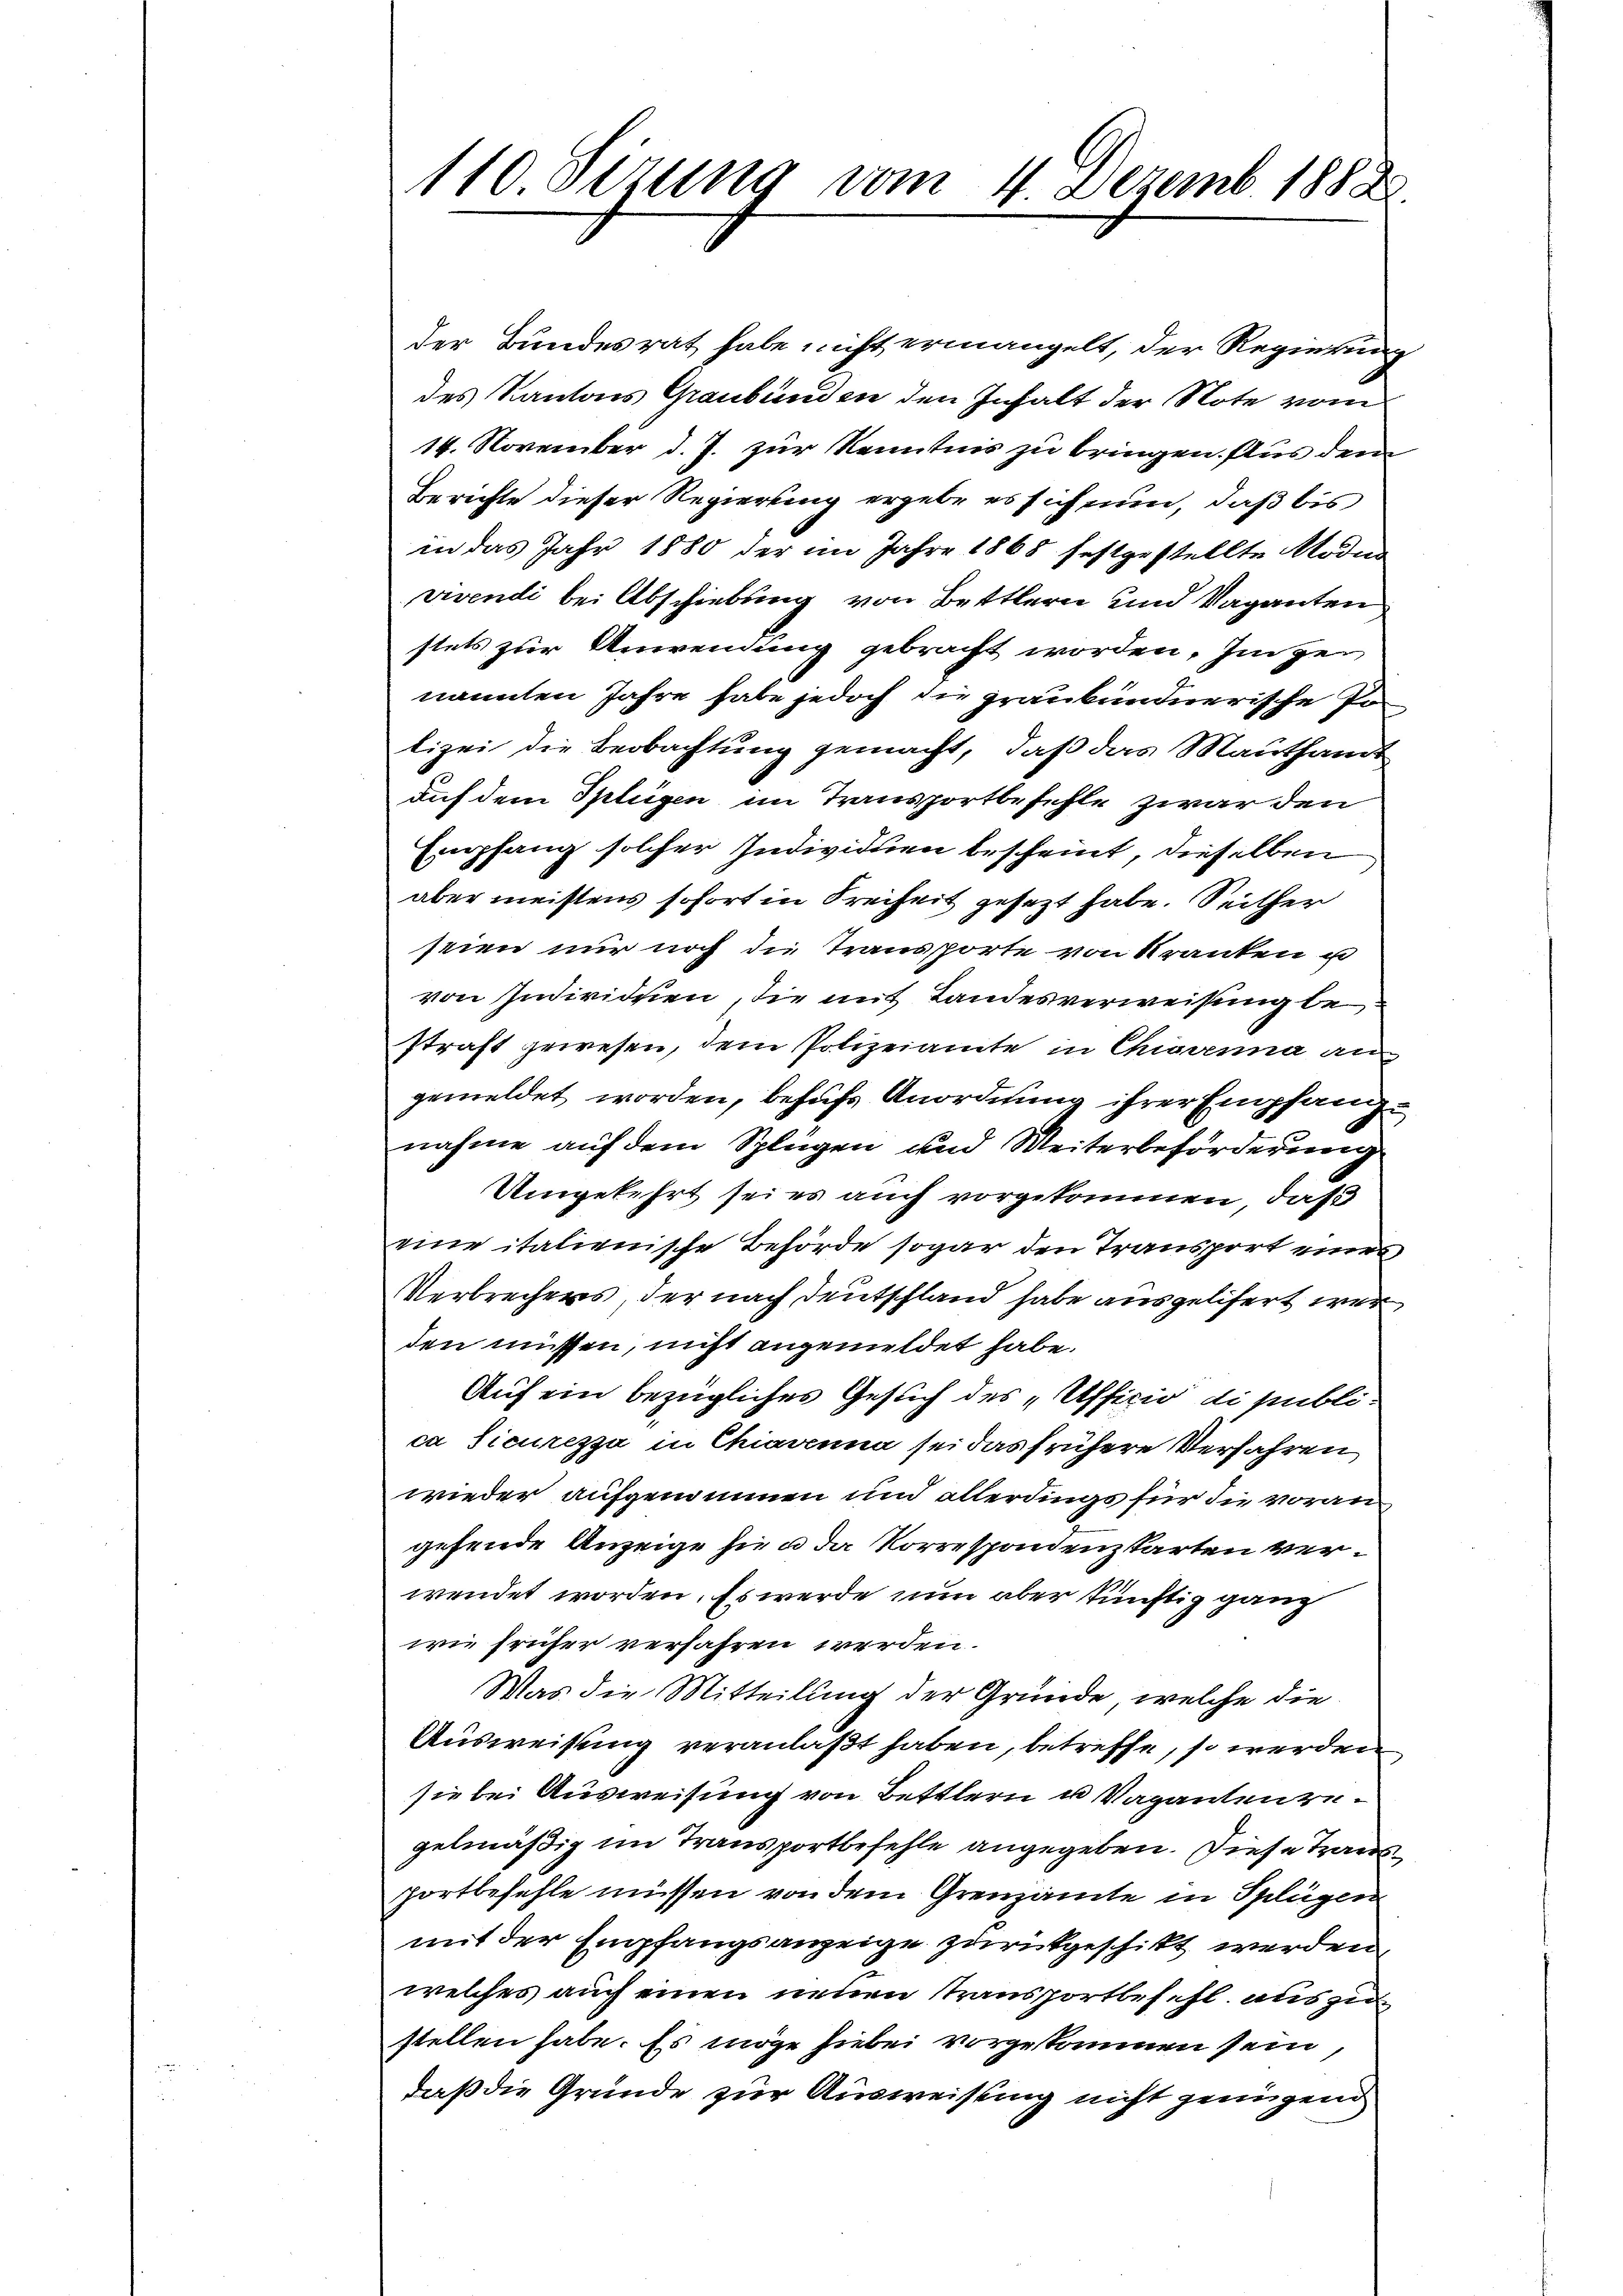
110 Sizung vom 4. Dezemb. 1888.

der Bundesrat habe nicht ermangelt, der Regierung
des Kantons Graubünden den Inhalt der Note vom
14. November d. J. zur Kenntnis zu bringen. Aus dem
Berichte dieser Regierung ergebe es sich nun, daß bis
in das Jahr 1880 der im Jahre 1865 festgestellte Moden
vivendi bei Abschiebung von Bettlern und Vaganten
stets zur Anwendung gebracht worden. Im genannten Jahre habe jedoch die graubündnerische Po
lizei die Beobachtung gemacht, daß das Mauthamt
auf dem Splügen im Transportbefehle zwar den
Empfang solcher Individuen bescheint, dieselben
aber meistens sofort in Freiheit gesezt habe. Seither
seien nur noch die Transporte von Kranken u
von Individuen, die mit Landesverweisung be
straft gewesen, dem Polizeiamte in Chiavenna an
gemeldet worden, behufs Anordnung ihrer Empfangnahme auf dem Splügen und Weiterbeförderung
Umgekehrt sei es auch vorgekommen, daß
eine italienische Behörde sogar den Transport eines
Verbrechers, der nach Deutschland habe ausgelisert wer
den müssen, nicht angemeldet habe.
Auf ein bezügliches Gesuch des „Ufficio di publi-
ca sicurezza in Chiavenna sei das frühere Verfahren,
wieder aufgenommen und allerdings für die vorangefende Anzeige sie a. da Vorrespondenzkarten verwendet worden. Es werde nun aber künftig ganz
wie früher verfahren werden.
Was die Mitteilung der Gründe, welche die
Ausweisung veranlaßt haben, betreffe, so werden
sie bei Ausweisung von Bettlern u. Vaganten zugelmäßig im Transportbefehle angegeben. Diese Trausfortbefehle müssen von dem Grenzamte in Splügen
mit der Empfangsanzeige zurückgeschikt werden
welches auch einen neuen Transportbefehl aus zustellen habe. Es möge hiebei vorgekommen sein,
daß die Gründe zur Ausweisung nicht genügend